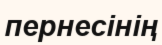
пернесінің